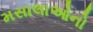
મસાલાઓનો